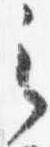
之